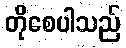
တိုစေပါသည်